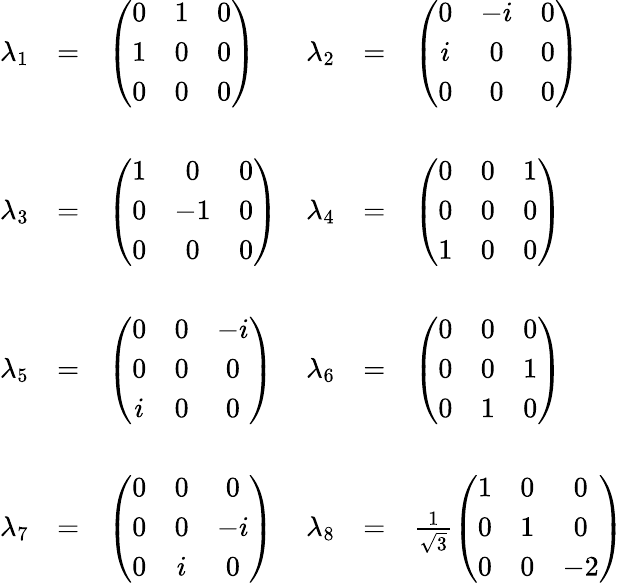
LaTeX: \begin{array}{rclrcl}{{\lambda_{1}}}&{{=}}&{{\left(\begin{array}{ccc}{{0}}&{{1}}&{{0}}\\ {{1}}&{{0}}&{{0}}\\ {{0}}&{{0}}&{{0}}\end{array}\right)}}&{{\lambda_{2}}}&{{=}}&{{\left(\begin{array}{ccc}{{0}}&{{-i}}&{{0}}\\ {{i}}&{{0}}&{{0}}\\ {{0}}&{{0}}&{{0}}\end{array}\right)}}\\ {{}}&{{}}&{{}}&{{}}&{{}}&{{}}\\ {{\lambda_{3}}}&{{=}}&{{\left(\begin{array}{ccc}{{1}}&{{0}}&{{0}}\\ {{0}}&{{-1}}&{{0}}\\ {{0}}&{{0}}&{{0}}\end{array}\right)}}&{{\lambda_{4}}}&{{=}}&{{\left(\begin{array}{ccc}{{0}}&{{0}}&{{1}}\\ {{0}}&{{0}}&{{0}}\\ {{1}}&{{0}}&{{0}}\end{array}\right)}}\\ {{}}&{{}}&{{}}&{{}}&{{}}&{{}}\\ {{\lambda_{5}}}&{{=}}&{{\left(\begin{array}{ccc}{{0}}&{{0}}&{{-i}}\\ {{0}}&{{0}}&{{0}}\\ {{i}}&{{0}}&{{0}}\end{array}\right)}}&{{\lambda_{6}}}&{{=}}&{{\left(\begin{array}{ccc}{{0}}&{{0}}&{{0}}\\ {{0}}&{{0}}&{{1}}\\ {{0}}&{{1}}&{{0}}\end{array}\right)}}\\ {{}}&{{}}&{{}}&{{}}&{{}}&{{}}\\ {{\lambda_{7}}}&{{=}}&{{\left(\begin{array}{ccc}{{0}}&{{0}}&{{0}}\\ {{0}}&{{0}}&{{-i}}\\ {{0}}&{{i}}&{{0}}\end{array}\right)}}&{{\lambda_{8}}}&{{=}}&{{\frac{1}{\sqrt{3}}\left(\begin{array}{ccc}{{1}}&{{0}}&{{0}}\\ {{0}}&{{1}}&{{0}}\\ {{0}}&{{0}}&{{-2}}\end{array}\right)}}\end{array}